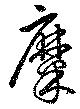
糜